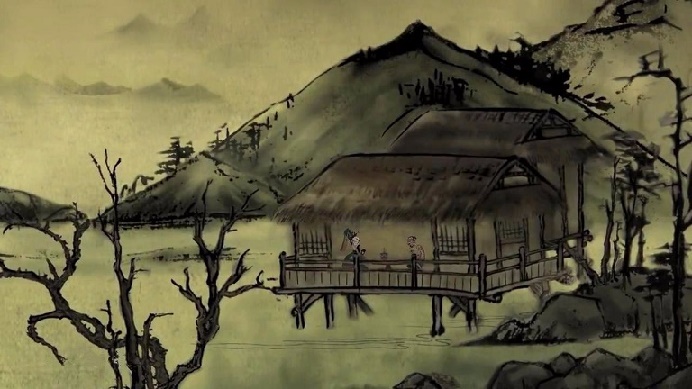
别来不寄一行书。寻常相见了，犹道不如初。